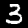
Digit: 3